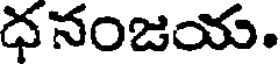
ధనంజయ.